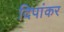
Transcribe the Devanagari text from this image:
दिपांकर